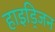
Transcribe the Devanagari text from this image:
हाइड्रिजन